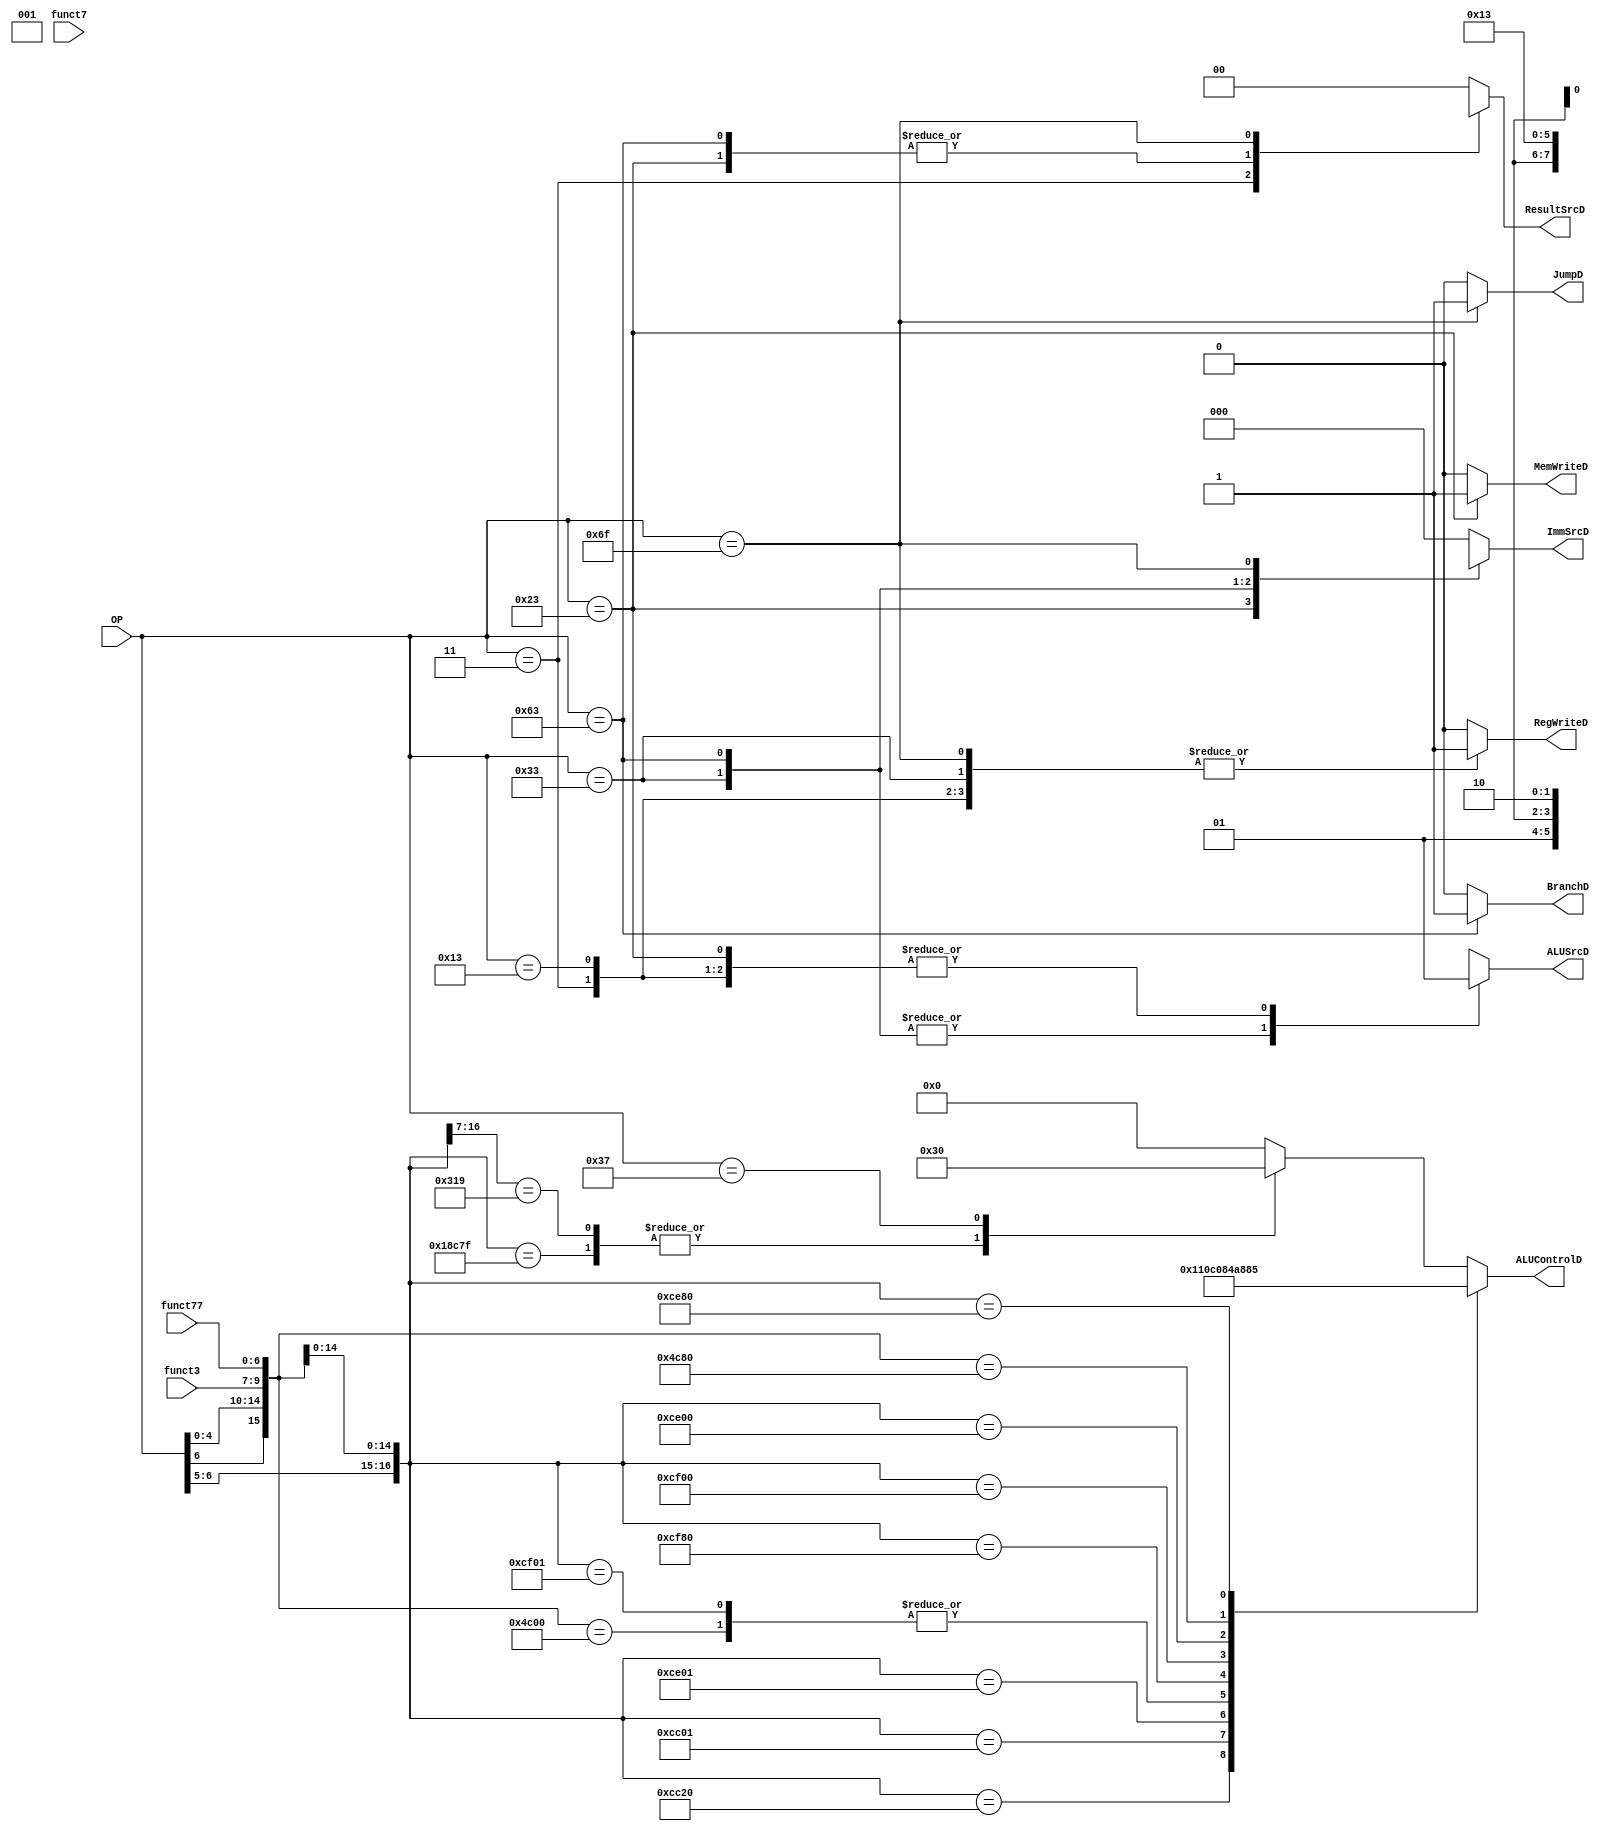
`timescale 1ps/1ps // branch prediction   

module Controller (
    input      [6:0] OP,
    input      [6:0] funct77,
    input      [2:0] funct3,
    input            funct7,
    output reg       MemWriteD,
    output reg       ALUSrcD,
    output reg       RegWriteD,
    output reg       BranchD,
    output reg       JumpD, //PCSrc
    output reg [1:0] ResultSrcD,
    output reg [4:0] ALUControlD,
    output reg [2:0] ImmSrcD
);
    
    wire [16:0] checker;
    assign      checker = {{OP},{funct3},{funct77}};
    reg [1:0]   ALUOp;
    always @ (*) begin
        casex (OP)
            7'b0000011: begin        //lw
                BranchD    = 0;
                ResultSrcD = 2'b01;
                MemWriteD  = 0;
                ALUSrcD    = 1;
                RegWriteD  = 1;
                ALUOp      = 2'b00;
                ImmSrcD    = 3'b000;
                JumpD      = 0;
            end 

            7'b0100011: begin  //sw
                BranchD    = 0;
                ResultSrcD = 2'bxx;
                MemWriteD  = 1;
                ALUSrcD    = 1;
                RegWriteD  = 0;
                ALUOp      = 2'b00;
                ImmSrcD    = 3'b001;
                JumpD      = 0;
            end

            7'b0110011: begin  //R-type
                BranchD    = 0;
                ResultSrcD = 2'b00;
                MemWriteD  = 0;
                ALUSrcD    = 0;
                RegWriteD  = 1;
                ALUOp      = 2'b10;
                ImmSrcD    = 3'bxxx;
                JumpD      = 0;
            end

            7'b1100011: begin  //branch
                BranchD    = 1;
                ResultSrcD = 2'bxx;
                MemWriteD  = 0;
                ALUSrcD    = 0;
                RegWriteD  = 0;
                ALUOp      = 2'b01;
                ImmSrcD    = 3'b010;
                JumpD      = 0;
            end

            7'b0010011: begin  //I-Type
                BranchD    = 0;
                ResultSrcD = 2'b00;
                MemWriteD  = 0;
                ALUSrcD    = 1;
                RegWriteD  = 1;
                ALUOp      = 2'b10;
                ImmSrcD    = 3'b000;
                JumpD      = 0;
            end
            7'b1101111: begin //j
                BranchD    = 0;
                ResultSrcD = 2'b10;
                MemWriteD  = 0;
                ALUSrcD    = 1'bx;
                RegWriteD  = 1;
                ALUOp      = 2'bxx;
                ImmSrcD    = 3'b011;
                JumpD      = 1;
            end
            /*7'b0110111:begin //U-type
                BranchD <= 0;
                WE3 <= 1;
                ImmSrc <= 3'b100;
                ALUSrc <= 1;
                WE <= 0;
                ResultSrc <= 0;
                ALUOp <= 2'b00;
            end  */  
                
            default: begin
                BranchD    = 0;
                ResultSrcD = 2'b00;
                MemWriteD  = 0;
                ALUSrcD    = 1'bx;
                RegWriteD  = 0;
                ALUOp      = 2'b00;
                ImmSrcD    = 3'b000;
                JumpD      = 0;
            end 
            
        endcase
        
    end

    always @ (*) begin

        casex (checker) // Opcode + func3 + func77
            17'b0x100110000000000: ALUControlD = 5'b00000;
            17'b01100110000100000: ALUControlD = 5'b00001;
            17'b01100110000000001: ALUControlD = 5'b00010;
            17'b01100111000000001: ALUControlD = 5'b00011;
            17'b01100111100000001: ALUControlD = 5'b00000; //rem defined wrong
            17'b01100111110000000: ALUControlD = 5'b01000;
            17'b01100111100000000: ALUControlD = 5'b01001;
            17'b01100111000000000: ALUControlD = 5'b01010;
            17'b0x100110010000000: ALUControlD = 5'b00100; //sll,logical shift left
            17'b01100111010000000: ALUControlD = 5'b00101; //srl,logical shift right
            17'b0010011000xxxxxxx: ALUControlD = 5'b00000;
            17'b11000110001111111: ALUControlD = 5'b00001; //beq
            17'b1100011001xxxxxxx: ALUControlD = 5'b00001;
            17'b0000011010xxxxxxx: ALUControlD = 5'b00000;
            17'b0100011010xxxxxxx: ALUControlD = 5'b00000; 
            17'b0110111xxxxxxxxxx: ALUControlD = 5'b10000; //U-type
            default:               ALUControlD = 5'b00000;
        endcase
        
    end
endmodule